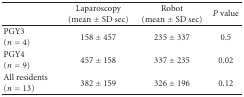
|  | Laparoscopy (mean ± SD sec) | Robot(mean ± SD sec) | P value |
 | --- | --- | --- | --- |
 | PGY3 (n = 4) | 158 ± 457 | 235 ± 337 | 0.5 |
 | PGY4(n = 9) | 457 ± 158 | 337 ± 235 | 0.02 |
 | All residents(n = 13) | 382 ± 159 | 326 ± 196 | 0.12 |